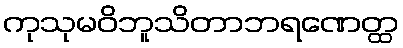
ကုသုမဝိဘူသိတာဘရဏေတ္ထ